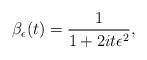
LaTeX: \begin{align*}\beta_{\epsilon}(t) = \frac{1}{1 + 2 it \epsilon^2},\end{align*}